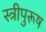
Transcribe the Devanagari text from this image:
स्त्रीपुरूष